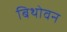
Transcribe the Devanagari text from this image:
बिथोवन